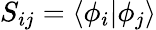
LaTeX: S_{ij}=\langle\phi_{i}\vert\phi_{j}\rangle